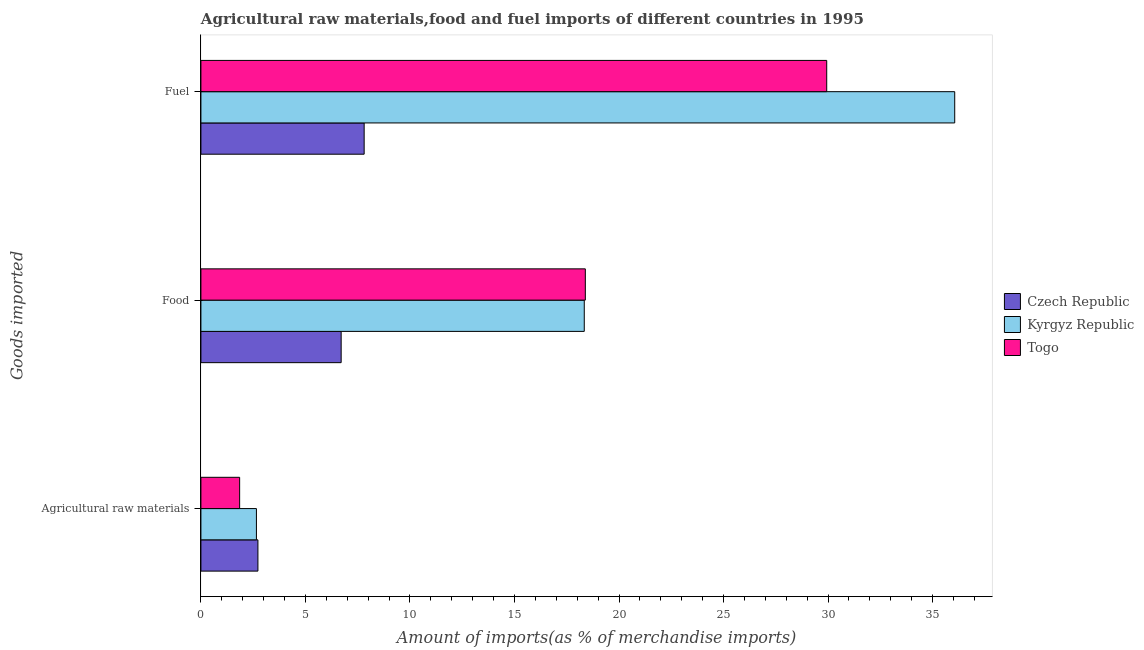
| Goods imported | Czech Republic | Kyrgyz Republic | Togo |
 | --- | --- | --- | --- |
 | Agricultural raw materials | 2.73 | 2.66 | 1.85 |
 | Food | 6.71 | 18.3 | 18.4 |
 | Fuel | 7.81 | 36.1 | 29.9 |